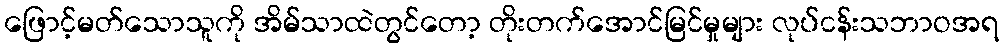
ဖြောင့်မတ်သောသူကို အိမ်သာထဲတွင်တော့ တိုးတက်အောင်မြင်မှုများ လုပ်ငန်းသဘာဝအရ